Insane asylums in Bengal annual reports 1876-1887 - 1876-1887
Year: 1876
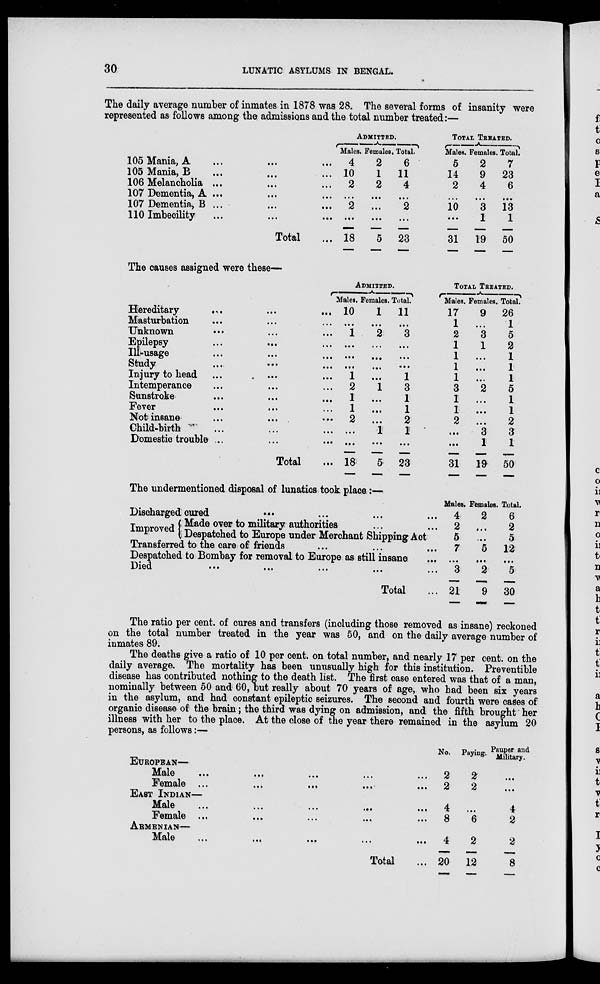
30
LUNATIC ASYLUMS IN BENGAL.
The daily average number of inmates in 1878 was 28. The several forms of insanity were
represented as follows among the admissions and the total number treated:—
105 Mania, A ... ... ...
105 Mania, B ... ... ...
106 Melancholia ... ... ...
107 Dementia, A ... ... ...
107 Dementia, B ... ... ...
110 Imbecility ... ... ...
Total ...
ADMITTED.
Males.
4
10
2
...
2
...
18
Females.
2
1
2
...
...
...
5
Total.
6
11
4
...
2
...
23
TOTAL TREATED.
Males.
5
14
2
...
10
...
31
Females.
2
9
4
...
3
1
19
Total.
7
23
6
...
13
1
50
The causes assigned were these—
Hereditary ... ... ...
Masturbation ... ... ...
Unknown ... ... ...
Epilepsy ... ... ...
Ill-usage ... ... ...
Study ... ... ...
Injury to head ... ... ...
Intemperance ... ... ...
Sunstroke ... ... ...
Fever ... ... ...
Not insane ... ... ...
Child-birth ... ... ...
Domestic trouble ... ... ...
Total ...
ADMITTED.
Males.
10
...
1
...
...
...
1
2
1
1
2
...
...
18
Females.
1
...
2
...
...
...
...
1
...
...
...
1
...
5
Total.
11
...
3
...
...
...
1
3
1
1
2
1
...
23
TOTAL TREATED.
Males.
17
1
2
1
1
1
1
3
1
1
2
...
...
31
Females.
9
...
3
1
...
...
...
2
...
...
...
3
1
19
Total.
26
1
5
2
1
1
1
5
1
1
2
3
1
50
The undermentioned disposal of lunatics took place:—
Discharged cured ... ... ... ...
Improved Made over to military authorities ... ...
Despatched to Europe under Merchant Shipping Act
Transferred to the care of friends ... ... ...
Despatched to Bombay for removal to Europe as still insane ...
Died.
...
...
...
...
...
Total ...
Males.
4
2
5
7
...
3
21
Females.
2
...
...
5
...
2
9
Total.
6
2
5
12
...
5
30
The ratio per cent. of cures and transfers (including those removed as insane) reckoned
on the total number treated in the year was 50, and on the daily average number of
inmates 89.
The deaths give a ratio of 10 per cent. on total number, and nearly 17 per cent. on the
daily average. The mortality has been unusually high for this institution. Preventible
disease has contributed nothing to the death list. The first case entered was that of a man,
nominally between 50 and 60, but really about 70 years of age, who had been six years
in the asylum, and had constant epileptic seizures. The second and fourth were cases of
organic disease of the brain; the third was dying on admission, and the fifth brought her
illness with her to the place. At the close of the year there remained in the asylum 20
persons, as follows:—
EUROPEAN—
Male
...
...
...
...
...
Female
...
...
...
...
...
EAST INDIAN—
Male
...
...
...
...
...
Female
...
...
...
...
...
ARMENIAN—
Male
...
...
...
...
...
Total ...
No.
2
2
Paying.
2
2
Pauper and
Military.
...
...
4
8
...
6
4
2
4
20
2
12
2
8